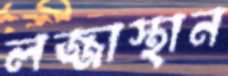
লজ্জাস্থান